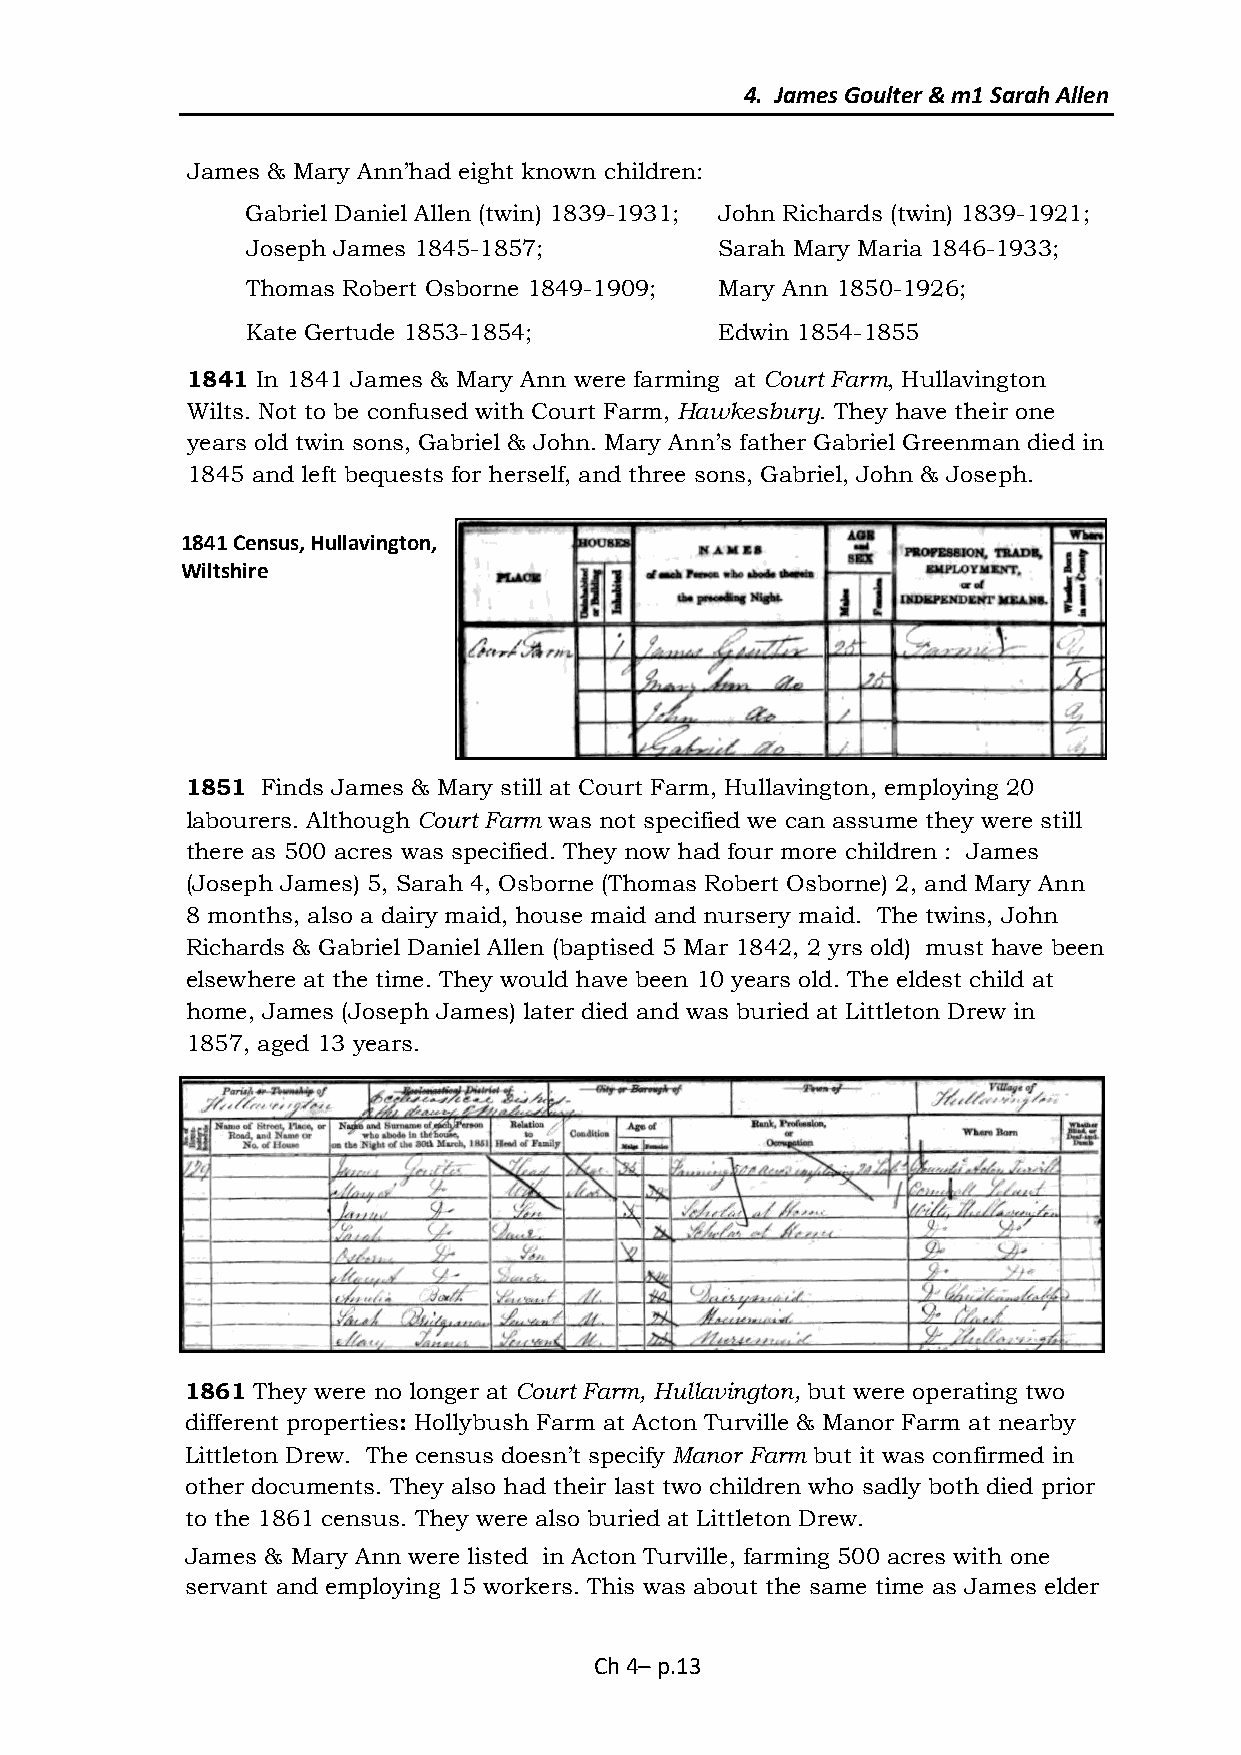
4. James Goulter & m1 Sarah Allen
 James & Mary Ann’had eight known children:
 Gabriel Daniel Allen (twin) 1839-1931; John Richards (twin) 1839-1921;
 Joseph James 1845-1857;         Sarah Mary Maria 1846-1933;
 Thomas Robert Osborne 1849-1909; Mary Ann 1850-1926;
 Kate Gertude 1853-1854;         Edwin 1854-1855
 1841 In 1841 James & Mary Ann were farming at Court Farm, Hullavington
 Wilts. Not to be confused with Court Farm, Hawkesbury. They have their one
 years old twin sons, Gabriel & John. Mary Ann’s father Gabriel Greenman died in
 1845 and left bequests for herself, and three sons, Gabriel, John & Joseph.
 1841 Census, Hullavington,
 Wiltshire
 1851 Finds James & Mary still at Court Farm, Hullavington, employing 20
 labourers. Although Court Farm was not specified we can assume they were still
 there as 500 acres was specified. They now had four more children : James
 (Joseph James) 5, Sarah 4, Osborne (Thomas Robert Osborne) 2, and Mary Ann
 8 months, also a dairy maid, house maid and nursery maid. The twins, John
 Richards & Gabriel Daniel Allen (baptised 5 Mar 1842, 2 yrs old) must have been
 elsewhere at the time. They would have been 10 years old. The eldest child at
 home, James (Joseph James) later died and was buried at Littleton Drew in
 1857, aged 13 years.
 1861 They were no longer at Court Farm, Hullavington, but were operating two
 different properties: Hollybush Farm at Acton Turville & Manor Farm at nearby
 Littleton Drew. The census doesn’t specify Manor Farm but it was confirmed in
 other documents. They also had their last two children who sadly both died prior
 to the 1861 census. They were also buried at Littleton Drew.
 James & Mary Ann were listed in Acton Turville, farming 500 acres with one
 servant and employing 15 workers. This was about the same time as James elder
 Ch 4– p.13